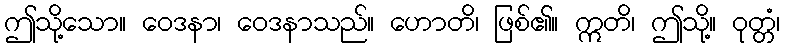
ဤသို့သော။ ဝေဒနာ၊ ဝေဒနာသည်။ ဟောတိ၊ ဖြစ်၏။ ဣတိ၊ ဤသို့။ ဝုတ္တံ၊